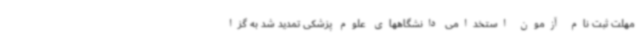
مهلت ثبت نام آزمون استخدامی دانشگاههای علوم پزشکی تمدید شد به گزا